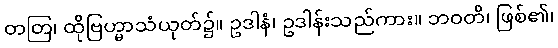
တတြ၊ ထိုဗြဟ္မာသံယုတ်၌။ ဥဒါနံ၊ ဥဒါန်းသည်ကား။ ဘဝတိ၊ ဖြစ်၏၊